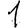
Digit: 1